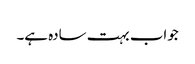
جواب بہت سادہ ہے۔